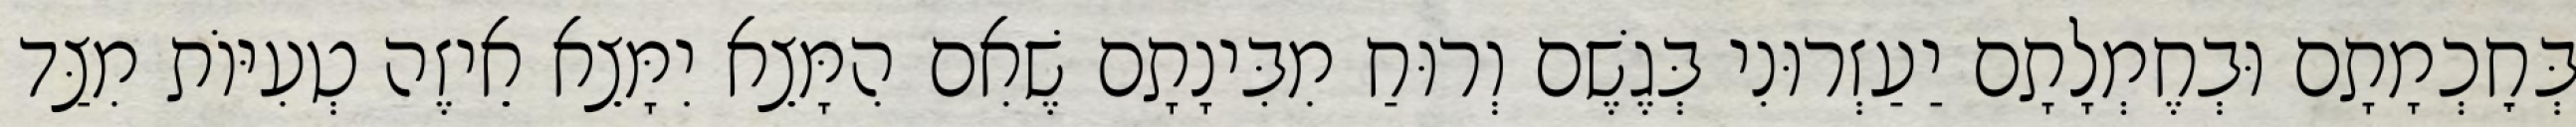
בְּחׇכְמָתָם וּבְחֶמְלָתָם יַעַזְרוּנִי בְּגֶשֶׁם וְרוּחַ מִבִּינָתָם שֶׁאִם הִמָּצֵא יִמָּצֵא אֵיזֶה טְעִיּוֹת מִצַּד